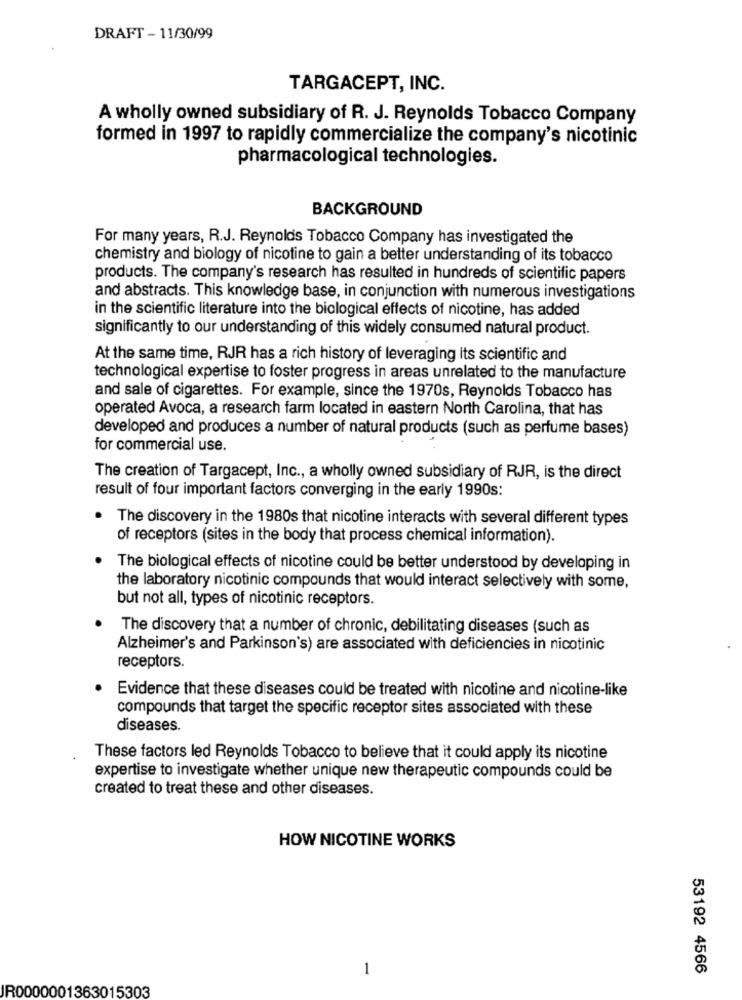
DRAFT - 11/30/99
TARGACEPT, INC.
A wholly owned subsidiary of R. J. Reynolds Tobacco Company
formed in 1997 to rapidly commercialize the company's nicotinic
pharmacological technologies.
BACKGROUND
For many years, R.J. Reynolds Tobacco Company has investigated the
chemistry and biology of nicotine to gain a better understanding of its tobacco
products. The company's research has resulted in hundreds of scientific papers
and abstracts. This knowledge base, in conjunction with numerous investigations
in the scientific literature into the biological effects of nicotine, has added
significantly to our understanding of this widely consumed natural product.
At the same time, RJR has a rich history of leveraging its scientific and
technological expertise to foster progress in areas unrelated to the manufacture
and sale of cigarettes. For example, since the 1970s, Reynolds Tobacco has
operated Avoca, a research farm located in eastern North Carolina, that has
developed and produces a number of natural products (such as perfume bases)
for commercial use.
The creation of Targacept, Inc ., a wholly owned subsidiary of RJR, is the direct
result of four important factors converging in the early 1990s:
The discovery in the 1980s that nicotine interacts with several different types
of receptors (sites in the body that process chemical information).
The biological effects of nicotine could be better understood by developing in
the laboratory nicotinic compounds that would interact selectively with some,
but not all, types of nicotinic receptors.
The discovery that a number of chronic, debilitating diseases (such as
Alzheimer's and Parkinson's) are associated with deficiencies in nicotinic
receptors.
Evidence that these diseases could be treated with nicotine and nicotine-like
compounds that target the specific receptor sites associated with these
diseases.
These factors led Reynolds Tobacco to believe that it could apply its nicotine
expertise to investigate whether unique new therapeutic compounds could be
created to treat these and other diseases.
HOW NICOTINE WORKS
1
53192 4566
JR0000001363015303